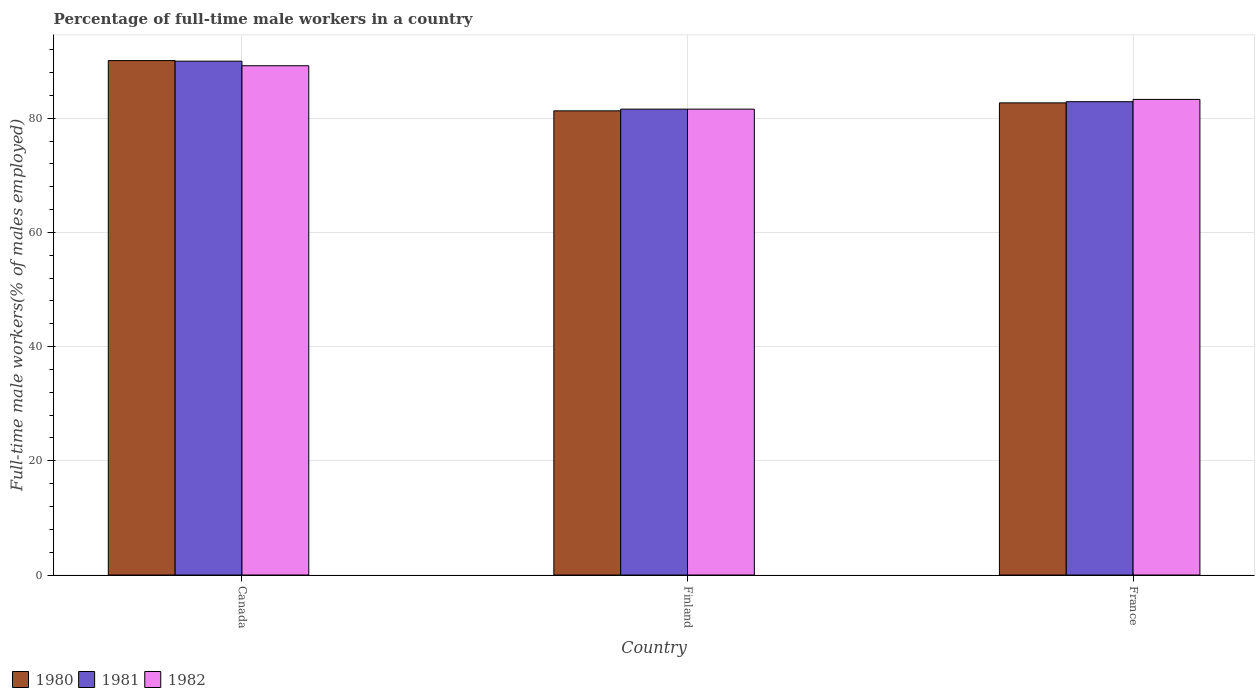
| Country | 1980 | 1981 | 1982 |
 | --- | --- | --- | --- |
 | Canada | 90.1 | 90 | 89.2 |
 | Finland | 81.3 | 81.6 | 81.6 |
 | France | 82.7 | 82.9 | 83.3 |